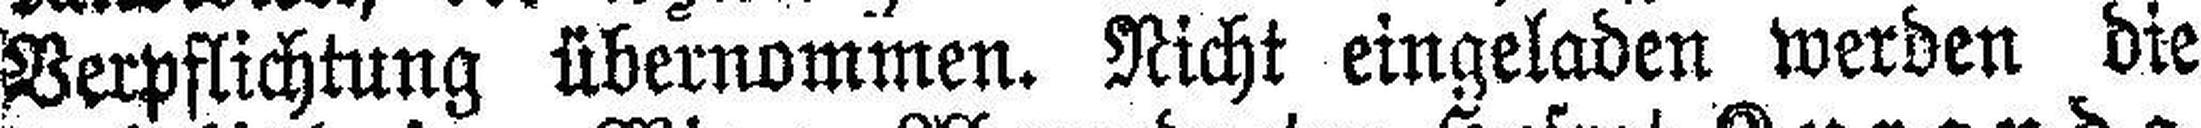
Verpflichtung übernommen. Nicht eingeladen werden die